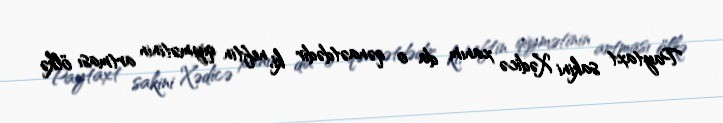
Paytaxt sakini Xədicə xanım da o qənaətdədir ki, neftin qiymətinin artması ölkə